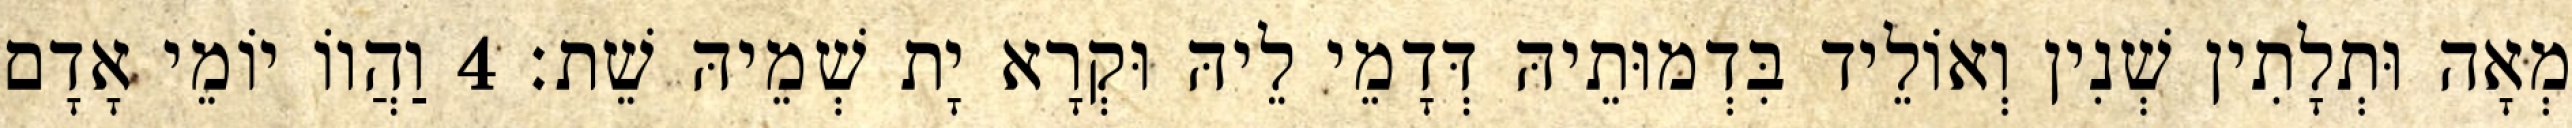
מְאָה וּתְלָתִין שְׁנִין וְאוֹלֵיד בִּדְמוּתֵיהּ דְּדָמֵי לֵיהּ וּקְרָא יָת שְׁמֵיהּ שֵׁת׃ 4 וַהֲווֹ יוֹמֵי אָדָם